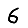
Digit: 6